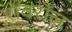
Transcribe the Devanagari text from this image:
रोवरॉल